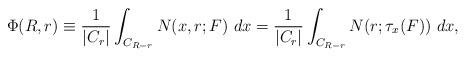
LaTeX: \begin{align*} \Phi(R,r) \equiv\frac{1}{|C_r|} \int_{C_{R-r}} N(x,r;F) \ dx = \frac{1}{|C_r|} \int_{C_{R-r}} N(r;\tau_x (F)) \ dx, \end{align*}